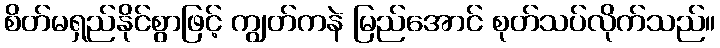
စိတ်မရှည်နိုင်စွာဖြင့် ကျွတ်ကနဲ မြည်အောင် စုတ်သပ်လိုက်သည်။